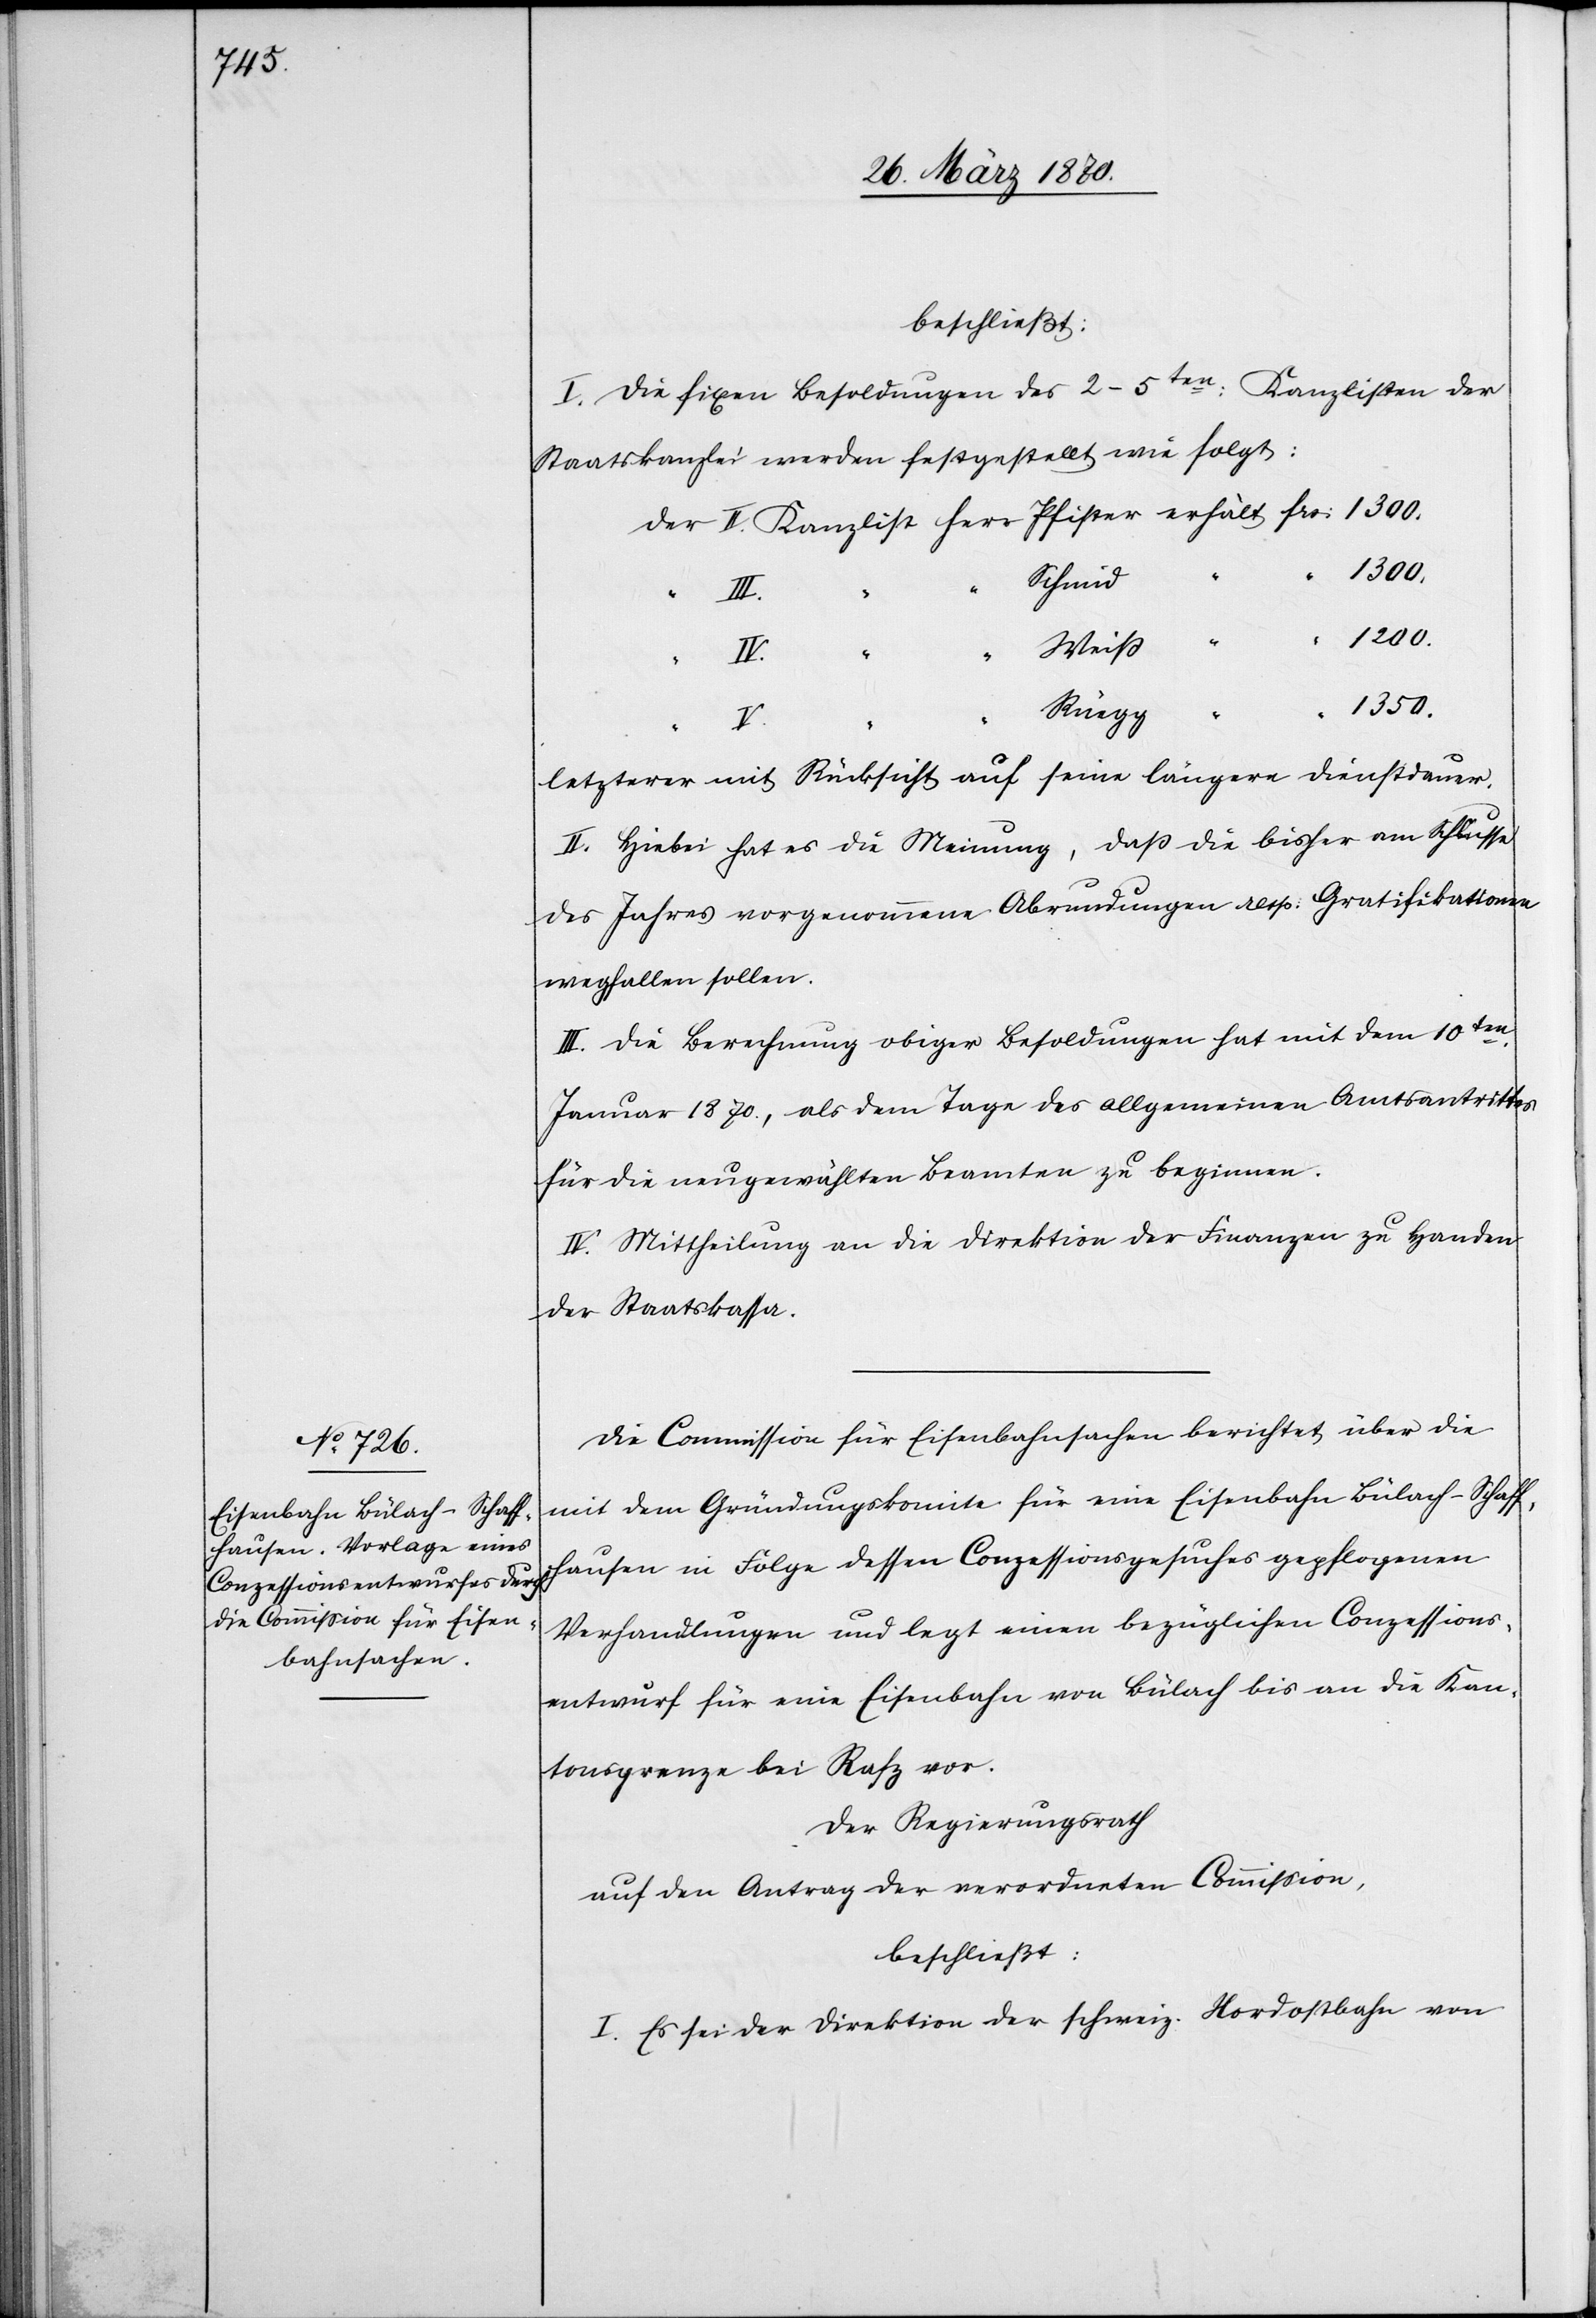
beschließt:
I. Die fixen Besoldungen der 2–5ten: Kanzlisten der
Staatskanzlei werden festgesetzt wie folgt:
“
1200.
“
Schmid
Weiß
“
V.
1350.
Rüegg
letzterer mit Rücksicht auf seine längere Dienstdauer.
II. Hiebei hat es die Meinung, daß die bisher am Schlusse
des Jahres vorgenommene Abrundungen [sic!] resp: Gratifikationen
wegfallen sollen.
III. Die Berechnung obiger Besoldungen hat mit dem 10ten.
Januar 1870., als dem Tage des allgemeinen Amtsantrittes
für die neugewählten Beamten zu beginnen.
IV. Mittheilung an die Direktion der Finanzen zu Handen
der Staatskassa.
Die Commission für Eisenbahnsachen berichtet über die
mit dem Gründungskomite für eine Eisenbahn Bülach–Schaff¬
hausen in Folge dessen Conzessionsgesuches gepflogenen
Verhandlungen und legt einen bezüglichen Conzessions¬
entwurf für eine Eisenbahn von Bülach bis an die Kan¬
tonsgrenze bei Rafz vor.
Der Regierungsrath
auf den Antrag der verordneten Commission,
beschließt:
I. Es sei der Direktion der schweiz. Nordostbahn von